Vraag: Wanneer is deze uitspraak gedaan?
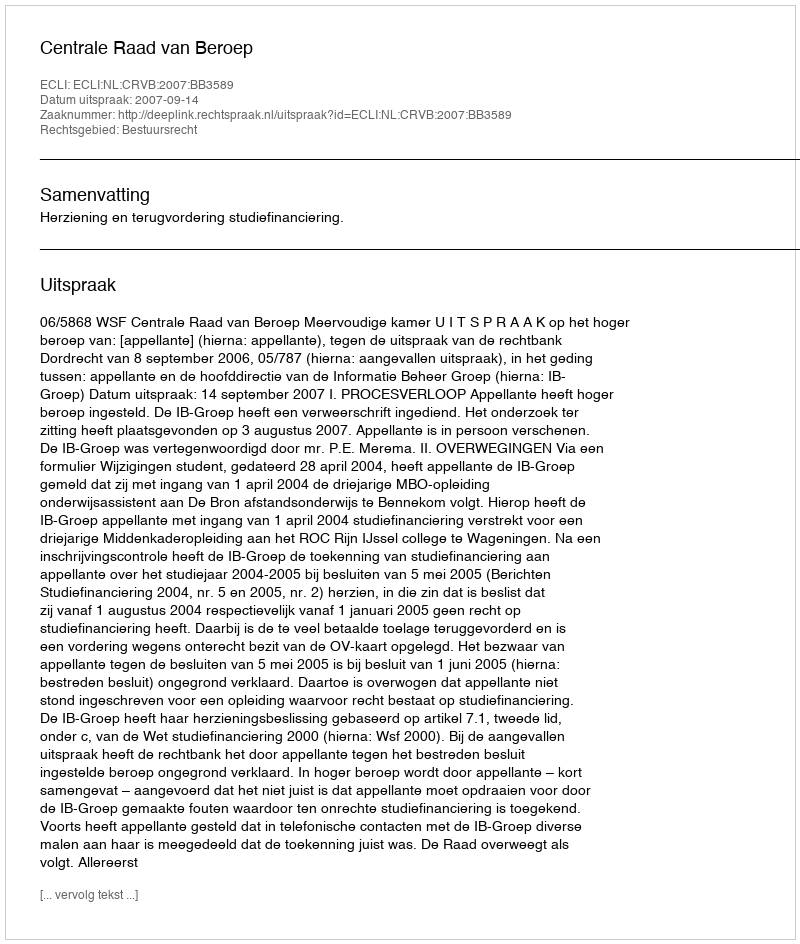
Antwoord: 2007-09-14